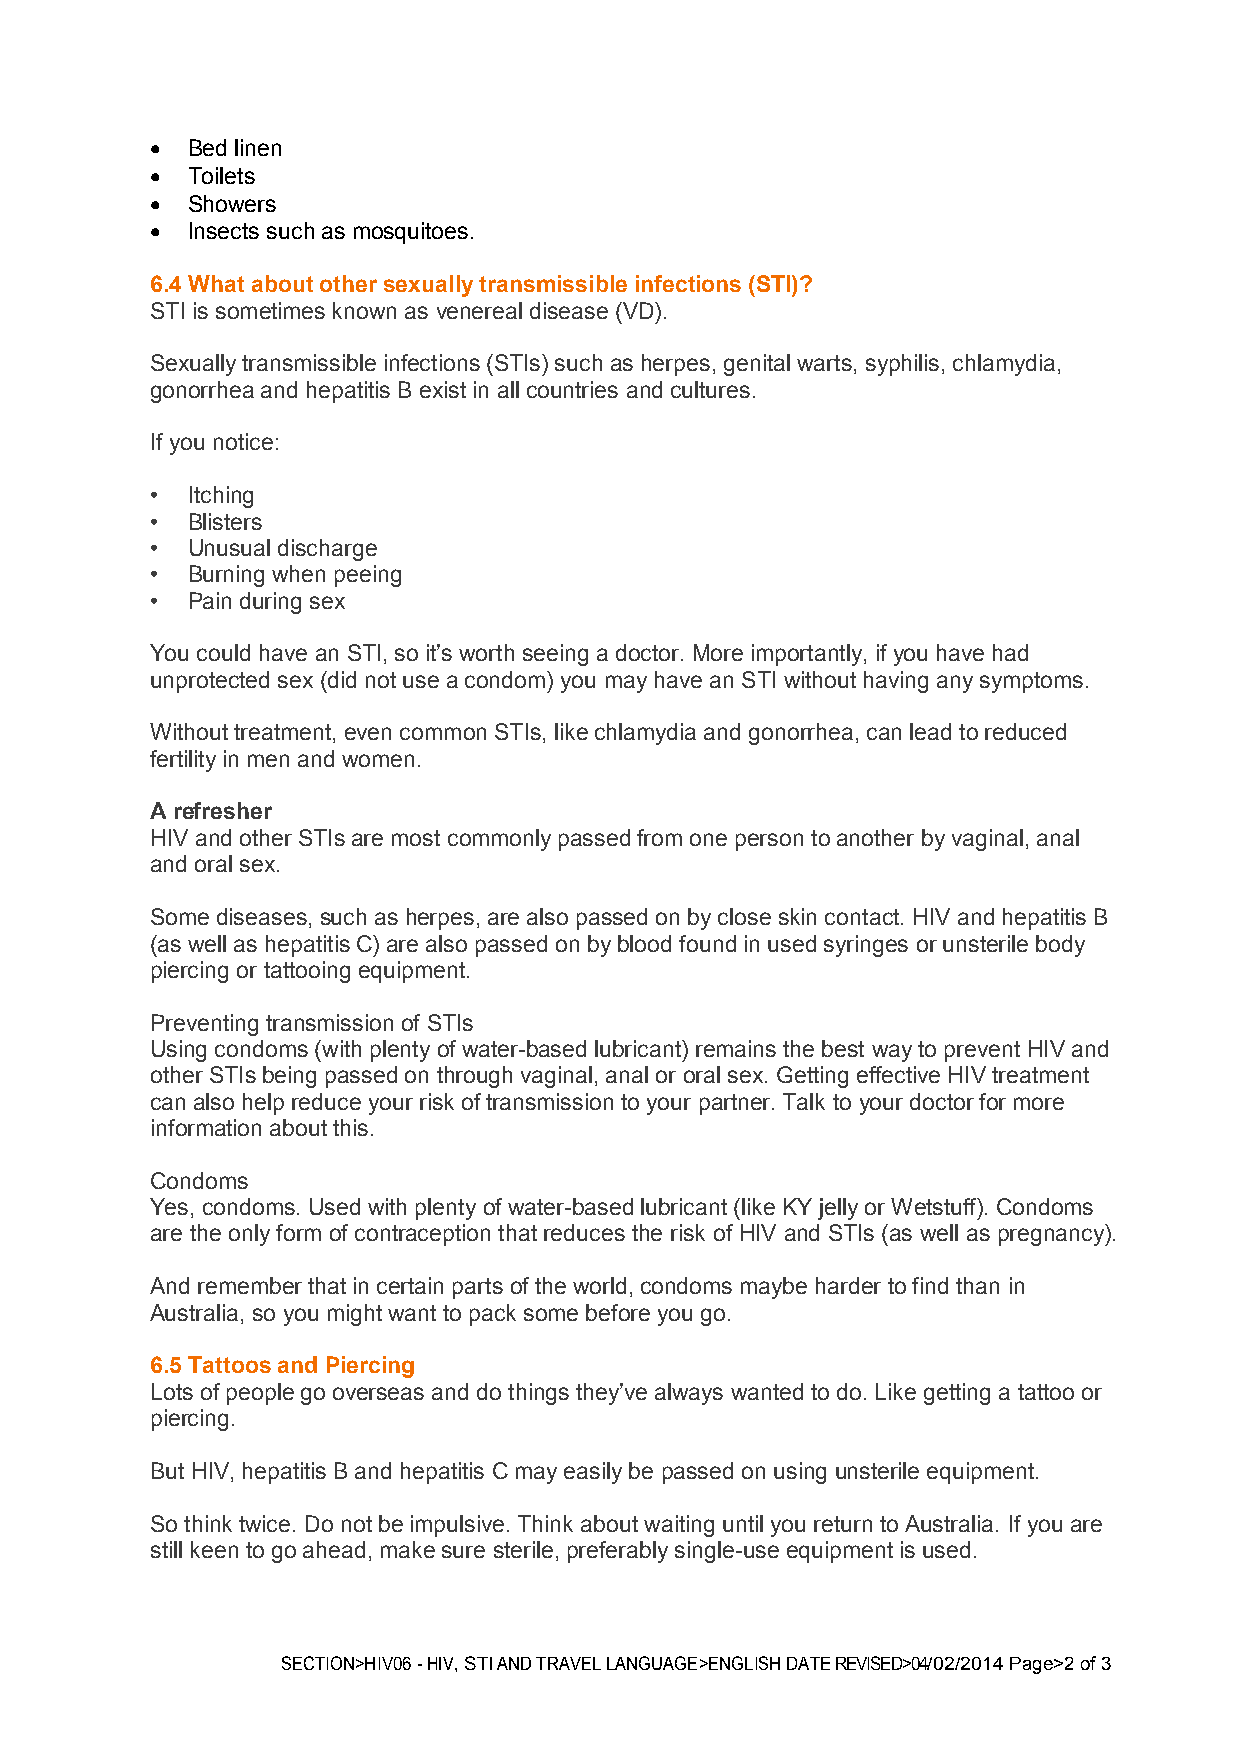
 Bed linen
  Toilets
  Showers
  Insects such as mosquitoes.
 6.4 What about other sexually transmissible infections (STI)?
 STI is sometimes known as venereal disease (VD).
 Sexually transmissible infections (STIs) such as herpes, genital warts, syphilis, chlamydia,
 gonorrhea and hepatitis B exist in all countries and cultures.
 If you notice:
 • Itching
 • Blisters
 • Unusual discharge
 • Burning when peeing
 • Pain during sex
 You could have an STI, so it’s worth seeing a doctor. More importantly, if you have had
 unprotected sex (did not use a condom) you may have an STI without having any symptoms.
 Without treatment, even common STIs, like chlamydia and gonorrhea, can lead to reduced
 fertility in men and women.
 A refresher
 HIV and other STIs are most commonly passed from one person to another by vaginal, anal
 and oral sex.
 Some diseases, such as herpes, are also passed on by close skin contact. HIV and hepatitis B
 (as well as hepatitis C) are also passed on by blood found in used syringes or unsterile body
 piercing or tattooing equipment.
 Preventing transmission of STIs
 Using condoms (with plenty of water-based lubricant) remains the best way to prevent HIV and
 other STIs being passed on through vaginal, anal or oral sex. Getting effective HIV treatment
 can also help reduce your risk of transmission to your partner. Talk to your doctor for more
 information about this.
 Condoms
 Yes, condoms. Used with plenty of water-based lubricant (like KY jelly or Wetstuff). Condoms
 are the only form of contraception that reduces the risk of HIV and STIs (as well as pregnancy).
 And remember that in certain parts of the world, condoms maybe harder to find than in
 Australia, so you might want to pack some before you go.
 6.5 Tattoos and Piercing
 Lots of people go overseas and do things they’ve always wanted to do. Like getting a tattoo or
 piercing.
 But HIV, hepatitis B and hepatitis C may easily be passed on using unsterile equipment.
 So think twice. Do not be impulsive. Think about waiting until you return to Australia. If you are
 still keen to go ahead, make sure sterile, preferably single-use equipment is used.
 SECTION>HIV06 - HIV, STI AND TRAVEL LANGUAGE>ENGLISH DATE REVISED>04/02/2014 Page>2 of 3